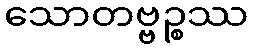
သောတဗ္ဗဉ္စဿ